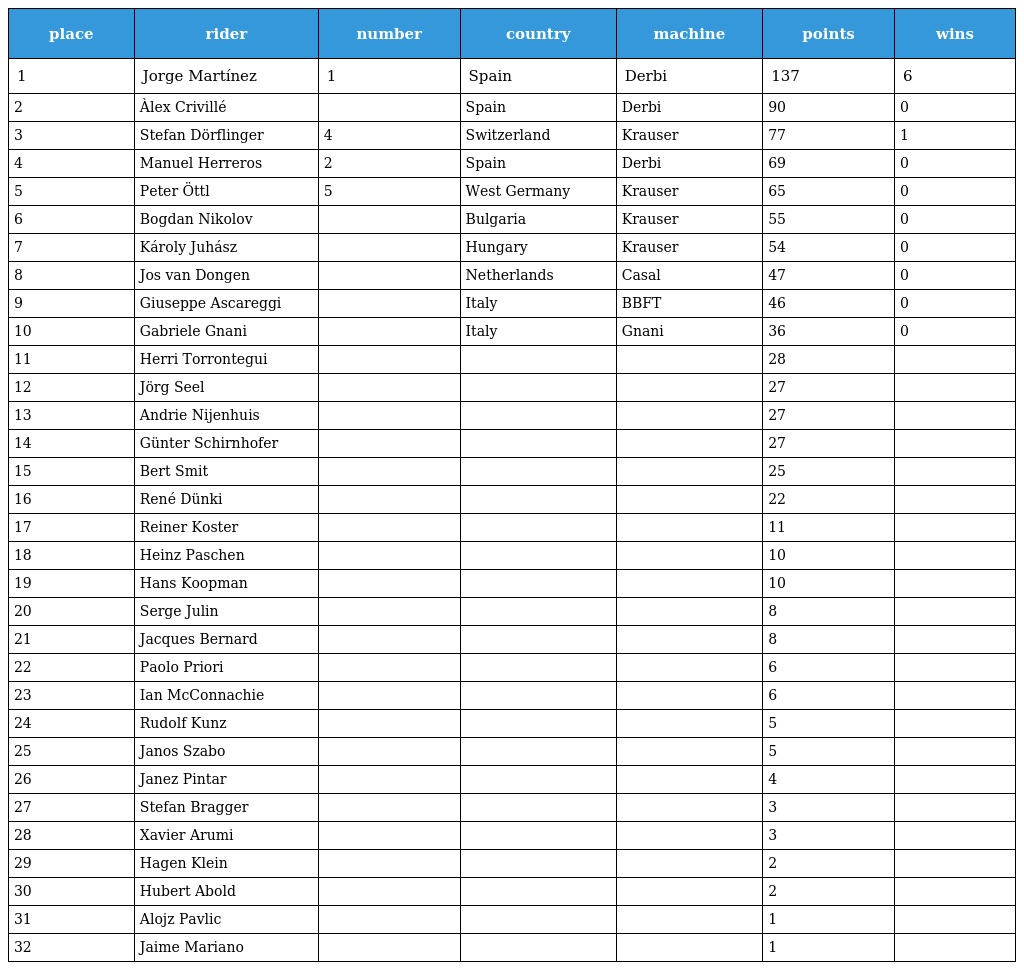
| place | rider | number | country | machine | points | wins |
 | --- | --- | --- | --- | --- | --- | --- |
 | 1 | Jorge Martínez | 1 | Spain | Derbi | 137 | 6 |
 | 2 | Àlex Crivillé |  | Spain | Derbi | 90 | 0 |
 | 3 | Stefan Dörflinger | 4 | Switzerland | Krauser | 77 | 1 |
 | 4 | Manuel Herreros | 2 | Spain | Derbi | 69 | 0 |
 | 5 | Peter Öttl | 5 | West Germany | Krauser | 65 | 0 |
 | 6 | Bogdan Nikolov |  | Bulgaria | Krauser | 55 | 0 |
 | 7 | Károly Juhász |  | Hungary | Krauser | 54 | 0 |
 | 8 | Jos van Dongen |  | Netherlands | Casal | 47 | 0 |
 | 9 | Giuseppe Ascareggi |  | Italy | BBFT | 46 | 0 |
 | 10 | Gabriele Gnani |  | Italy | Gnani | 36 | 0 |
 | 11 | Herri Torrontegui |  |  |  | 28 |  |
 | 12 | Jörg Seel |  |  |  | 27 |  |
 | 13 | Andrie Nijenhuis |  |  |  | 27 |  |
 | 14 | Günter Schirnhofer |  |  |  | 27 |  |
 | 15 | Bert Smit |  |  |  | 25 |  |
 | 16 | René Dünki |  |  |  | 22 |  |
 | 17 | Reiner Koster |  |  |  | 11 |  |
 | 18 | Heinz Paschen |  |  |  | 10 |  |
 | 19 | Hans Koopman |  |  |  | 10 |  |
 | 20 | Serge Julin |  |  |  | 8 |  |
 | 21 | Jacques Bernard |  |  |  | 8 |  |
 | 22 | Paolo Priori |  |  |  | 6 |  |
 | 23 | Ian McConnachie |  |  |  | 6 |  |
 | 24 | Rudolf Kunz |  |  |  | 5 |  |
 | 25 | Janos Szabo |  |  |  | 5 |  |
 | 26 | Janez Pintar |  |  |  | 4 |  |
 | 27 | Stefan Bragger |  |  |  | 3 |  |
 | 28 | Xavier Arumi |  |  |  | 3 |  |
 | 29 | Hagen Klein |  |  |  | 2 |  |
 | 30 | Hubert Abold |  |  |  | 2 |  |
 | 31 | Alojz Pavlic |  |  |  | 1 |  |
 | 32 | Jaime Mariano |  |  |  | 1 |  |